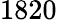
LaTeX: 1820